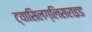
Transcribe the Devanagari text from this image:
ट्यासिलग्लिसराइड